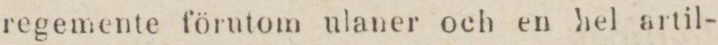
regemente förutom ulaner och en hel artil-